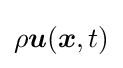
\rho {\boldsymbol {u}}({\boldsymbol {x}},t)